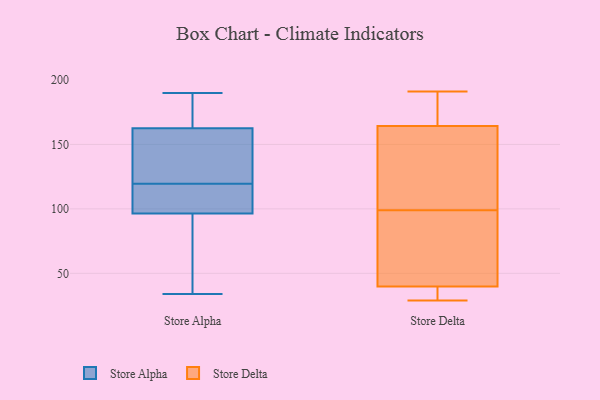
{"axis": {"x": "Shipments", "y": "Value"}, "legend": ["Store Alpha", "Store Delta"], "data": [{"x": "", "y": 121, "type": "Store Alpha"}, {"x": "", "y": 190, "type": "Store Alpha"}, {"x": "", "y": 108, "type": "Store Alpha"}, {"x": "", "y": 119, "type": "Store Alpha"}, {"x": "", "y": 141, "type": "Store Alpha"}, {"x": "", "y": 95, "type": "Store Alpha"}, {"x": "", "y": 39, "type": "Store Alpha"}, {"x": "", "y": 154, "type": "Store Alpha"}, {"x": "", "y": 171, "type": "Store Alpha"}, {"x": "", "y": 120, "type": "Store Alpha"}, {"x": "", "y": 176, "type": "Store Alpha"}, {"x": "", "y": 84, "type": "Store Alpha"}, {"x": "", "y": 112, "type": "Store Alpha"}, {"x": "", "y": 98, "type": "Store Alpha"}, {"x": "", "y": 189, "type": "Store Alpha"}, {"x": "", "y": 34, "type": "Store Alpha"}, {"x": "", "y": 167, "type": "Store Delta"}, {"x": "", "y": 29, "type": "Store Delta"}, {"x": "", "y": 191, "type": "Store Delta"}, {"x": "", "y": 39, "type": "Store Delta"}, {"x": "", "y": 185, "type": "Store Delta"}, {"x": "", "y": 42, "type": "Store Delta"}, {"x": "", "y": 99, "type": "Store Delta"}, {"x": "", "y": 134, "type": "Store Delta"}, {"x": "", "y": 56, "type": "Store Delta"}, {"x": "", "y": 156, "type": "Store Delta"}, {"x": "", "y": 37, "type": "Store Delta"}]}